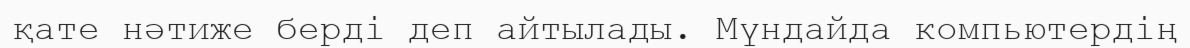
қате нәтиже берді деп айтылады. Мүндайда компьютердің